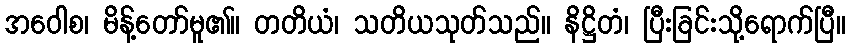
အဝေါစ၊ မိန့်တော်မူ၏။ တတိယံ၊ သတိယသုတ်သည်။ နိဋ္ဌိတံ၊ ပြီးခြင်းသို့ရောက်ပြီ။